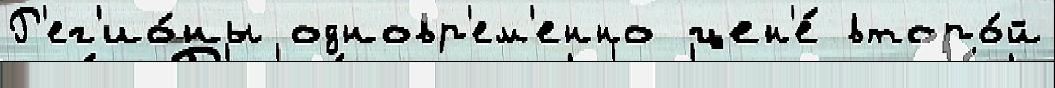
Р'ег'ио́ны одновр'ем'енно цен'е́ второ́й